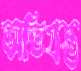
অভিগ্রস্ত